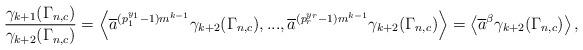
LaTeX: \begin{align*}\frac{\gamma_{k+1}(\Gamma_{n,c})}{\gamma_{k+2}(\Gamma_{n,c})}=\left< \overline{a}^{(p_1^{y_1}-1)m^{k-1}}\gamma_{k+2}(\Gamma_{n,c}),...,\overline{a}^{(p_r^{y_r}-1)m^{k-1}}\gamma_{k+2}(\Gamma_{n,c}) \right>=\left< \overline{a}^\beta \gamma_{k+2}(\Gamma_{n,c}) \right>,\end{align*}